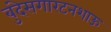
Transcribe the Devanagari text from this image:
बुंदेसगारटनशाऊ